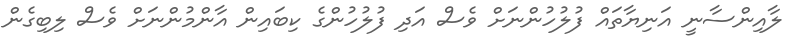
ލާއިންސާނީ އަނިޔާތައް ފުލުހުންނަށް ވެސް އަދި ފުލުހުންގެ ކިބައިން އާންމުންނަށް ވެސް ލިބިގެން